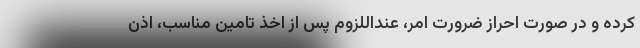
کرده و در صورت احراز ضرورت امر، عنداللزوم پس از اخذ تامین مناسب، اذن